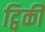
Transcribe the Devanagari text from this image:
ट्विकी